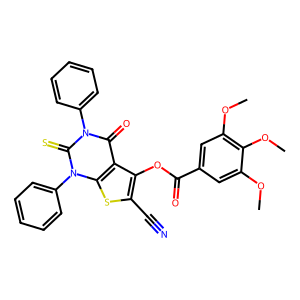
SMILES: COc1cc(C(=O)Oc2c(C#N)sc3c2c(=O)n(-c2ccccc2)c(=S)n3-c2ccccc2)cc(OC)c1OC
Inhibits HIV replication: No